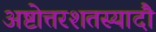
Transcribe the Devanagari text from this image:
अष्टोत्तरशतस्यादौ